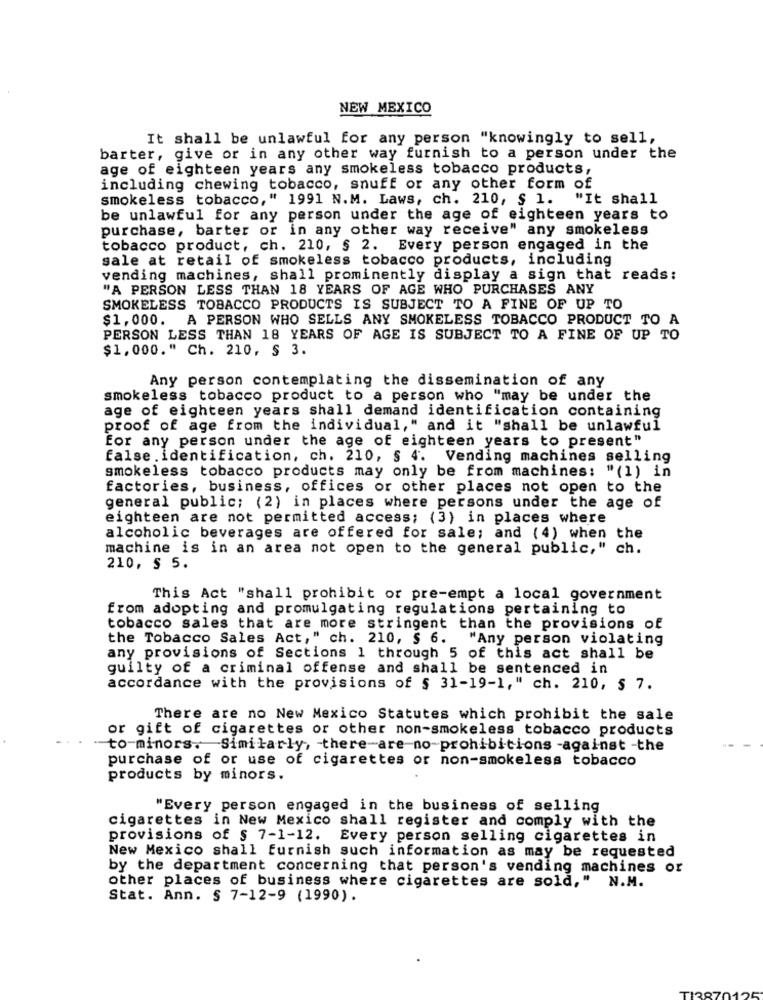
NEW MEXICO
It shall be unlawful for any person "knowingly to sell,
barter, give or in any other way furnish to a person under the
age of eighteen years any smokeless tobacco products,
including chewing tobacco, snuff or any other form of
smokeless tobacco," 1991 N.M. Laws, ch. 210, $ 1.
"It shall
be unlawful for any person under the age of eighteen years to
purchase, barter or in any other way receive" any smokeless
tobacco product, ch. 210, § 2. Every person engaged in the
sale at retail of smokeless tobacco products, including
vending machines, shall prominently display a sign that reads:
"A PERSON LESS THAN 18 YEARS OF AGE WHO PURCHASES ANY
SMOKELESS TOBACCO PRODUCTS IS SUBJECT TO A FINE OF UP TO
$1,000. A PERSON WHO SELLS ANY SMOKELESS TOBACCO PRODUCT TO A
PERSON LESS THAN 18 YEARS OF AGE IS SUBJECT TO A FINE OF UP TO
$1,000." Ch. 210, $ 3.
Any person contemplating the dissemination of any
smokeless tobacco product to a person who "may be under the
age of eighteen years shall demand identification containing
proof of age from the individual," and it "shall be unlawful
for any person under the age of eighteen years to present"
false . identification, ch. 210, § 4. Vending machines selling
smokeless tobacco products may only be from machines: "(1) in
factories, business, offices or other places not open to the
general public; (2) in places where persons under the age of
eighteen are not permitted access; (3) in places where
alcoholic beverages are offered for sale; and (4) when the
machine is in an area not open to the general public," ch.
210, 5 5.
This Act "shall prohibit or pre-empt a local government
from adopting and promulgating regulations pertaining to
tobacco sales that are more stringent than the provisions of
the Tobacco Sales Act," ch. 210, § 6. "Any person violating
any provisions of Sections 1 through 5 of this act shall be
guilty of a criminal offense and shall be sentenced in
accordance with the provisions of $ 31-19-1," ch. 210, $ 7.
There are no New Mexico Statutes which prohibit the sale
or gift of cigarettes or other non-smokeless tobacco products
- to-minors. Similarly, there are no-prohibitions -against -the
purchase of or use of cigarettes or non-smokeless tobacco
products by minors.
"Every person engaged in the business of selling
cigarettes in New Mexico shall register and comply with the
provisions of § 7-1-12. Every person selling cigarettes in
New Mexico shall furnish such information as may be requested
by the department concerning that person's vending machines or
other places of business where cigarettes are sold, "
N.M.
Stat. Ann. § 7-12-9 (1990).